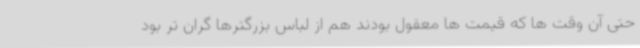
حتی آن وقت ها که قیمت ها معقول بودند هم از لباس بزرگترها گران تر بود